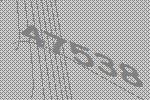
47538